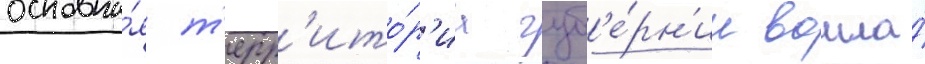
основна́я т'ерр'ито́р'иа губ'е́рн'ии вошла́